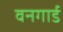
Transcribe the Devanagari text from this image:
वनगार्ड